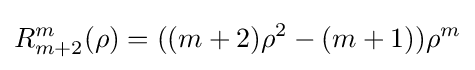
R_{m+2}^{m}(\rho )=((m+2)\rho ^{2}-(m+1))\rho ^{m}